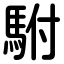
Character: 駙